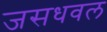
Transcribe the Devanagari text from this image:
जसधवल